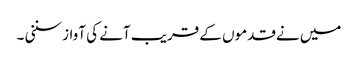
میں نےقدموں کے قریب آنے کی آواز سننی ۔